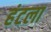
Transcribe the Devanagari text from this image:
हंटला